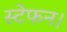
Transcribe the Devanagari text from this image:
स्टेफन।